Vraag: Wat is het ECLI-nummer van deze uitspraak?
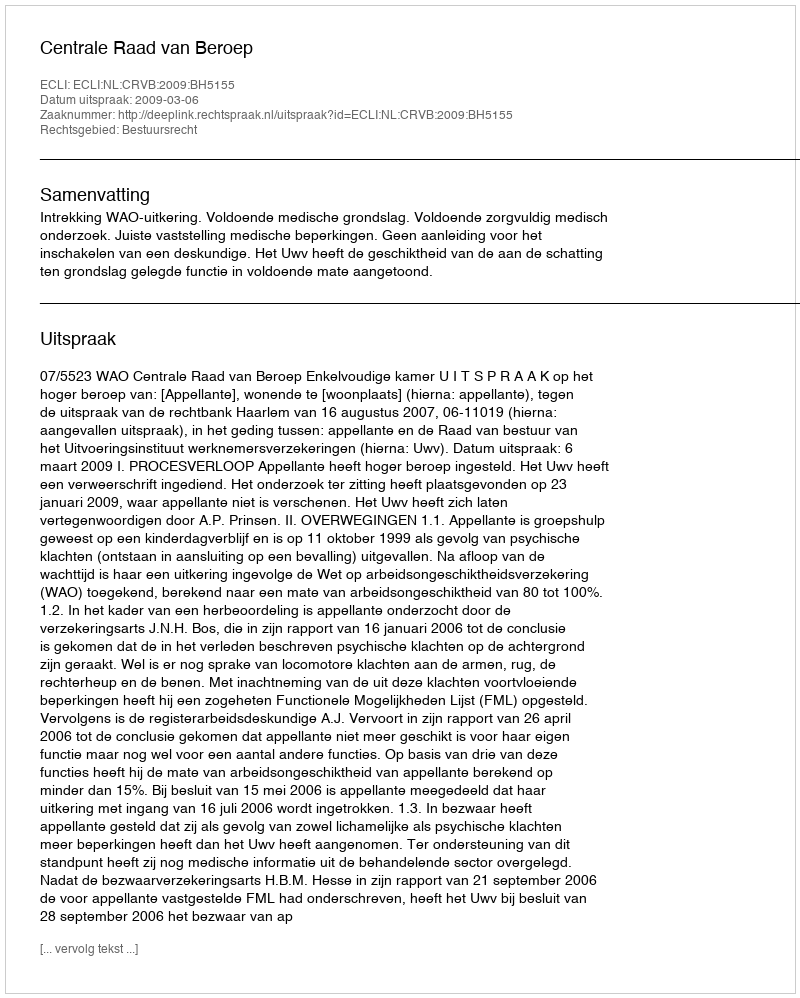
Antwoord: ECLI:NL:CRVB:2009:BH5155